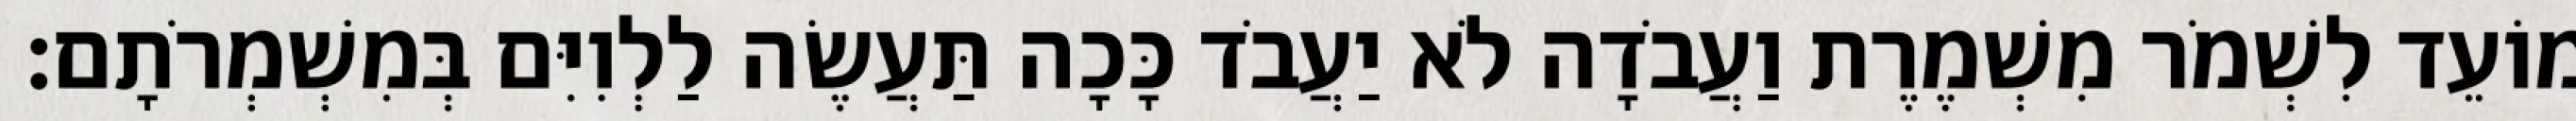
מוֹעֵד לִשְׁמֹר מִשְׁמֶרֶת וַעֲבֹדָה לֹא יַעֲבֹד כָּכָה תַּעֲשֶׂה לַלְוִיִּם בְּמִשְׁמְרֹתָם׃